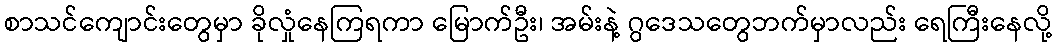
စာသင်ကျောင်းတွေမှာ ခိုလှုံနေကြရကာ မြောက်ဦး၊ အမ်းနဲ့ ဂွဒေသတွေဘက်မှာလည်း ရေကြီးနေလို့